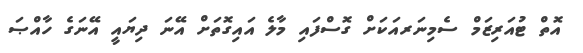
އޮތް ޓުއަރިޒަމް ސެމިނަރއަކަށް ގޮސްފައި މާލެ އައިގޮތަށް އޭނަ ދިޔައީ އޭނަގެ ހާއްޞަ